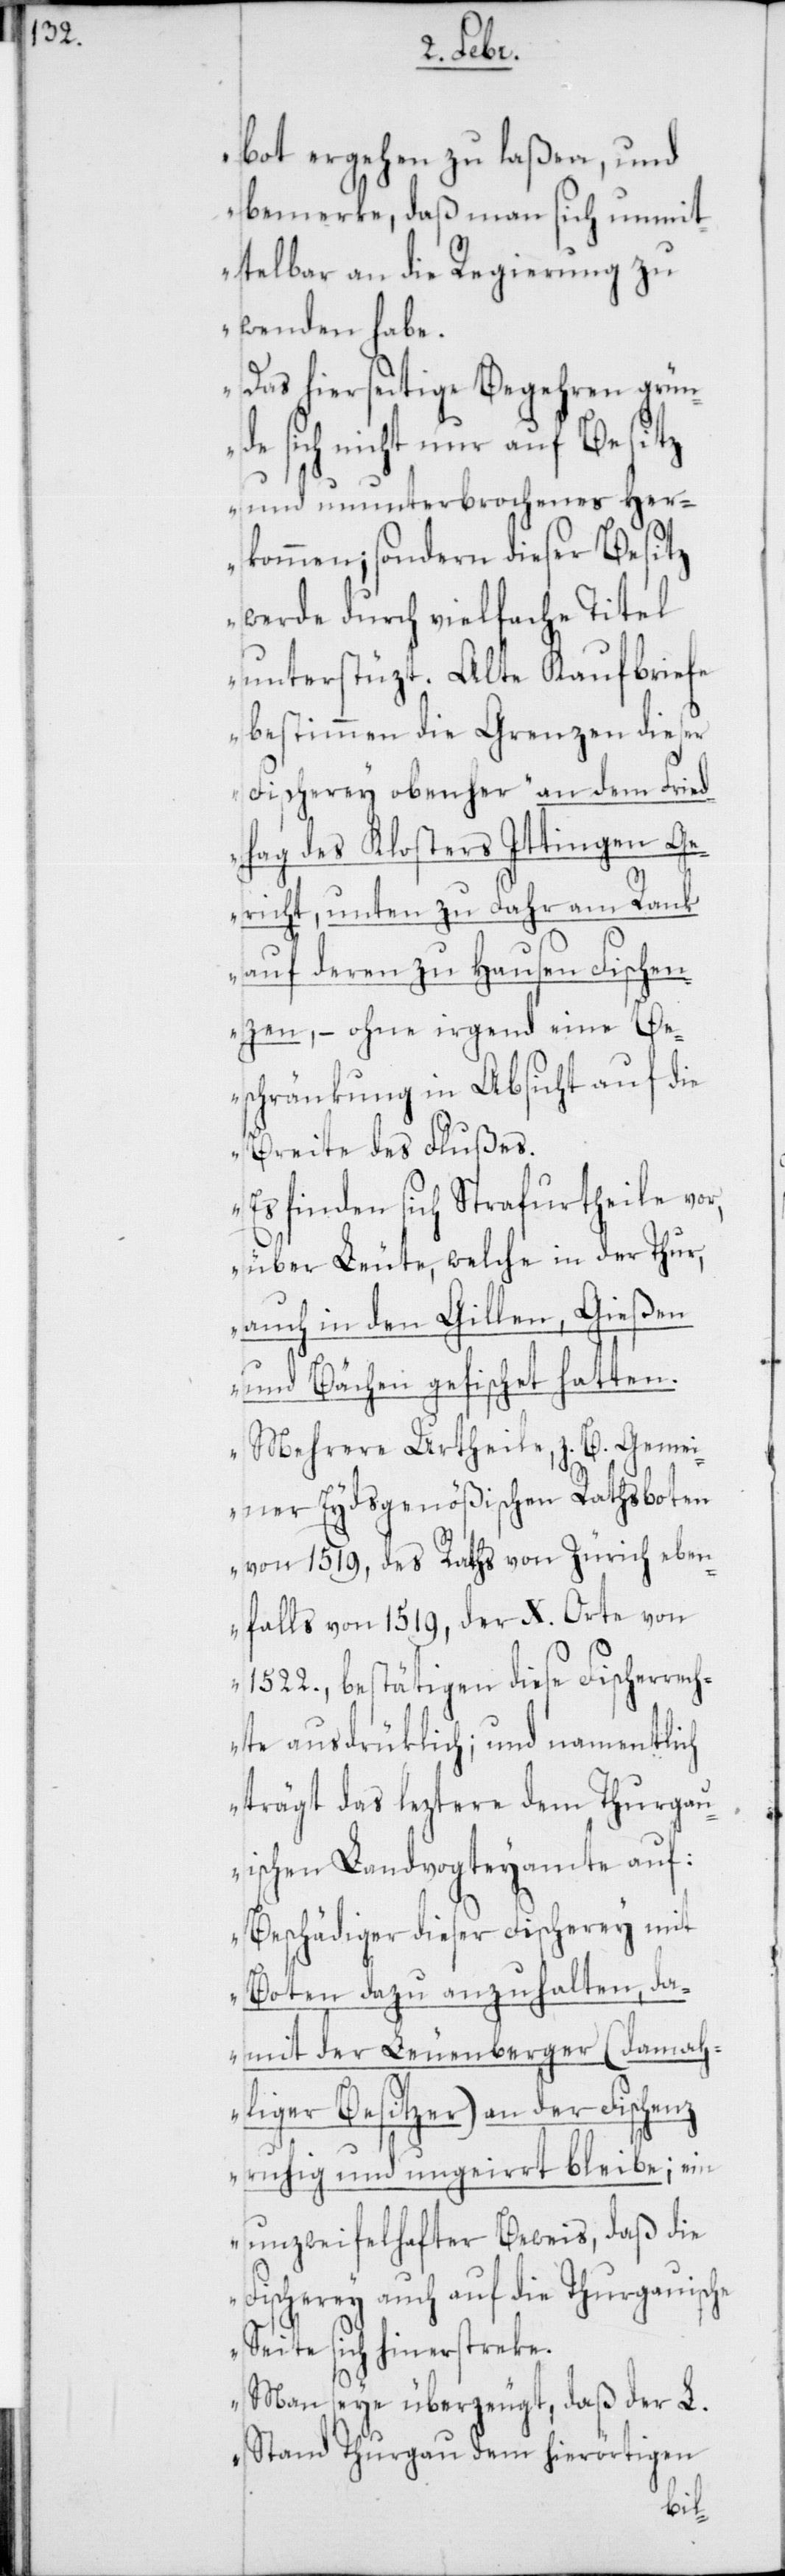
bot ergehen zu laßen, und
bemerke, daß man sich unmit¬
telbar an die Regierung zu
wenden habe.
Das hierseitige Begehren grün¬
de sich nicht nur auf Besitz
und ununterbrochenes Her¬
kommen; sondern dieser Besitz
werde durch vielfache Titel
unterstützt. Alte Kaufbriefe
bestimmen die Grenzen dieser
Fischerey obenher, an dem Fried¬
hag des Klosters Ittingen Ge¬
richt, unten zu Fahr am Rank
auf deren zu Hausen Fischen¬
zen, – ohne irgend eine Be¬
schränkung in Absicht auf die
Breite des Flußes.
Es finden sich Strafurtheile vor,
über Leute, welche in der Thur,
auch in den Gillen, Gießen
und Bächen gefischet hatten.
Mehrere Urtheile, z. B. Gemei¬
ner Eydsgenößischen Rathsboten
von 1519, des Raths von Zürich eben¬
falls von 1519, der X. Orte von
1522., bestätigen diese Fischerrech¬
te ausdrüklich; und namentlich
trägt das Letztere dem Thurgau¬
ischen Landvogteyamte auf:
Beschädiger dieser Fischerey mit
Boten dazu anzuhalten, da¬
mit der Leuenberger (damah¬
liger Besitzer) an der Fischenz
ruhig und ungeirrt bleibe; ein
unzweifelhafter Beweis, daß die
Fischerey auch auf die Thurgauische
Seite sich hinstreke.
Man seye überzeugt, daß der L.
Stand Thurgau dem hierörtigen